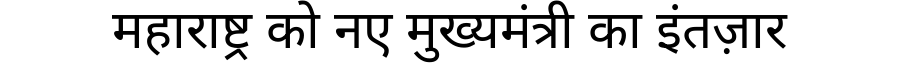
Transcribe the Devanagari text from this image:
महाराष्ट्र को नए मुख्यमंत्री का इंतज़ार